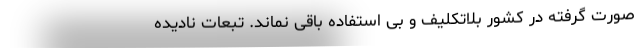
صورت گرفته در کشور بلاتکلیف و بی استفاده باقی نماند. تبعات نادیده